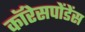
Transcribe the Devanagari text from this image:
कॉरेसपोंडेंस